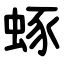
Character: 䖶